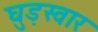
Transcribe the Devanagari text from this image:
घुड़स्वार